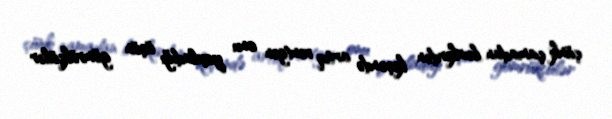
çünki çamadan bunkerdən keçəndə artıq rentgen onu yoxladığı üçün gömrükçülər